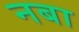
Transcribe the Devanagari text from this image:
नबा